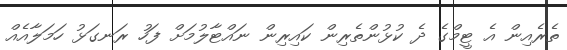
ތެރެއިން އެ ޓީމްގެ ދެ ކުޅުންތެރިން ކައިރިން ނައްޓާލުމަށް ފަހު ރަނގަޅު ހަމަލާއެއް